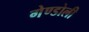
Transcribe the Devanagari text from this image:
गेण्डोली